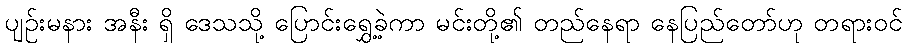
ပျဉ်းမနား အနီး ရှိ ဒေသသို့ ပြောင်းရွှေ့ခဲ့ကာ မင်းတို့၏ တည်နေရာ နေပြည်တော်ဟု တရားဝင်